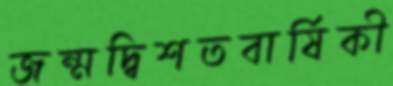
জন্মদ্বিশতবার্ষিকী